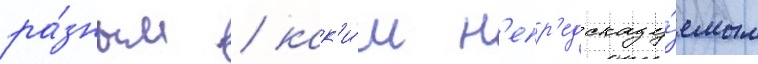
ра́зным / как'и́м н'епр'едсказу́емым